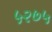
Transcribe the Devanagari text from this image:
५२७५